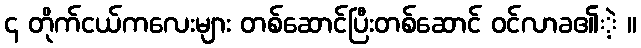
၎ တိုက်ငယ်ကလေးများ တစ်ဆောင်ပြီးတစ်ဆောင် ဝင်လာခ၏ဲ့ ။